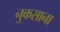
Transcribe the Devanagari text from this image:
नुकसाना